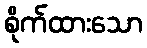
စိုက်ထားသော